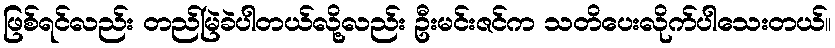
ဖြစ်ရင်လည်း တည်မြဲခဲပါတယ်လို့လည်း ဦးမင်းဇင်က သတိပေးလိုက်ပါသေးတယ်။